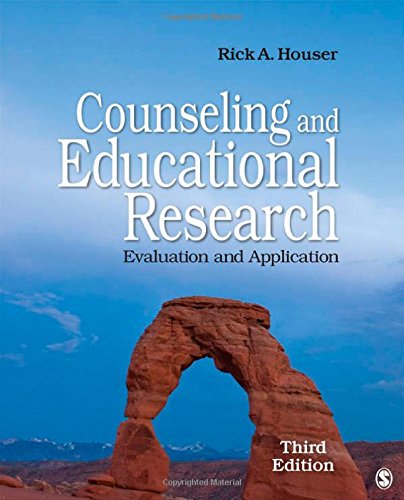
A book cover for Counseling and Educational Research: Evaluation and Application; Rick A. Houser; Reference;